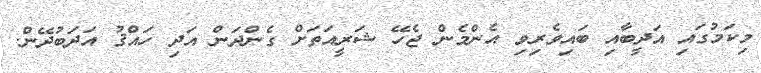
މިކަމުގައި އަދީބާއި ބައިވެރިވި އެންމެން ޖެހޭ ޝަރީއަތަށް ގެންދަން އަދި ހައްޤު އަދަބުދޭން.